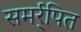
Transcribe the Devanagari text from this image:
समर्र्पित